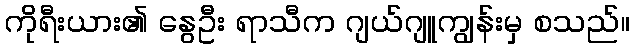
ကိုရီးယား၏ နွေဦး ရာသီက ဂျယ်ဂျူကျွန်းမှ စသည်။